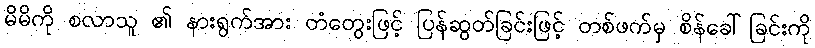
မိမိကို စလာသူ ၏ နားရွက်အား တံတွေးဖြင့် ပြန်ဆွတ်ခြင်းဖြင့် တစ်ဖက်မှ စိန်ခေါ်ခြင်းကို